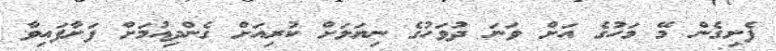
ފެށިގެން މޭ މަހުގެ އަށް ވަނަ ދުވަހުގެ ނިޔަލަށް ކުރިއަށް ގެންދިއުމަށް ފަށާފައިވާ